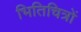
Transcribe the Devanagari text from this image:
भितिचित्रों